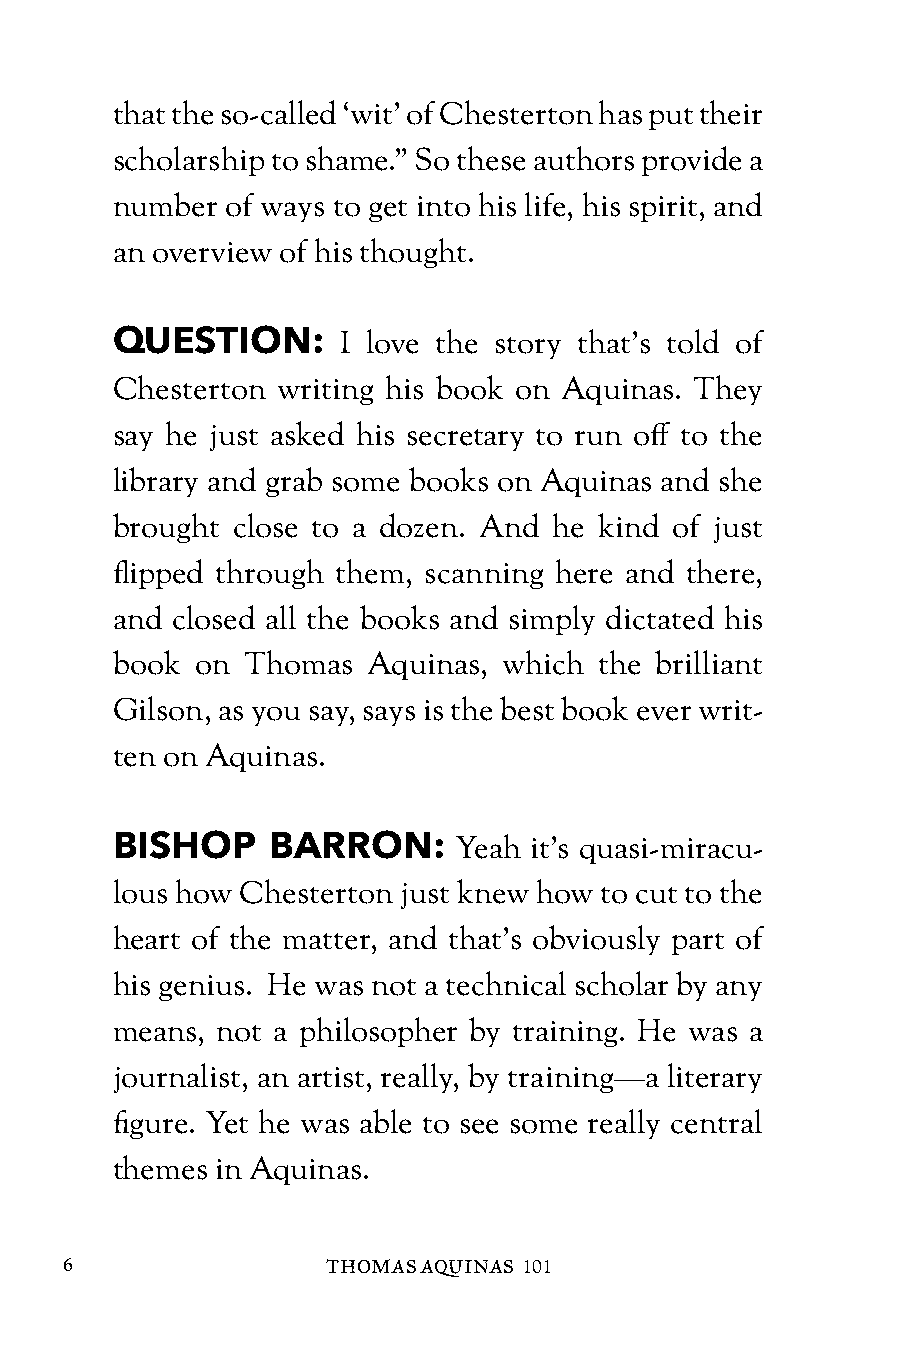
that the so-called ‘wit’ of Chesterton has put their
 scholarship to shame.” So these authors provide a
 number  of ways to get into his life, his spirit, and
 an overview of his thought.
 QUESTION:      I love the story that’s told of
 Chesterton writing his book on Aquinas. They
 say he just asked his secretary to run off to the
 library and grab some books on Aquinas and she
 brought close to a dozen. And he kind of just
 flipped through them, scanning here and there,
 and closed all the books and simply dictated his
 book  on Thomas  Aquinas, which  the brilliant
 Gilson, as you say, says is the best book ever writ-
 ten on Aquinas.
 BISHOP     BARRON:     Yeah it’s quasi-miracu-
 lous how Chesterton just knew how to cut to the
 heart of the matter, and that’s obviously part of
 his genius. He was not a technical scholar by any
 means, not a philosopher by training. He was a
 journalist, an artist, really, by training—a literary
 figure. Yet he was able to see some really central
 themes in Aquinas.
 6                 THOMAS AQUINAS 101